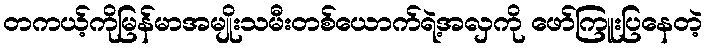
တကယ့်ကိုမြန်မာအမျိုးသမီးတစ်ယောက်ရဲ့အလှကို ဖော်ကြူးပြနေတဲ့